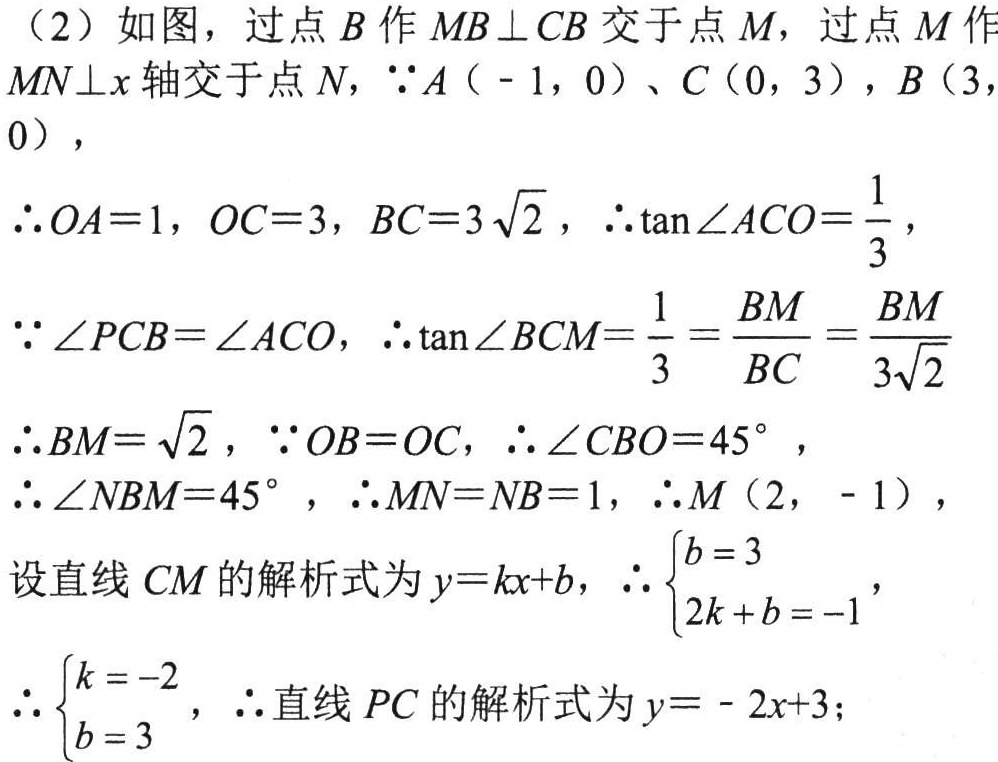
（2）如图，过点\(B\)作\(MB\perp CB\)交于点\(M\)，过点\(M\)作\(MN\perp x\)轴交于点\(N\)，\(\because A(-1,0)\)、\(C(0,3)\)，\(B(3,0)\)，
\(\therefore OA = 1\)，\(OC = 3\)，\(BC = 3\sqrt{2}\)，\(\therefore \tan\angle ACO=\frac{1}{3}\)，
\(\because \angle PCB=\angle ACO\)，\(\therefore \tan\angle BCM=\frac{1}{3}=\frac{BM}{BC}=\frac{BM}{3\sqrt{2}}\)
\(\therefore BM=\sqrt{2}\)，\(\because OB = OC\)，\(\therefore \angle CBO = 45^{\circ}\)，
\(\therefore \angle NBM = 45^{\circ}\)，\(\therefore MN = NB = 1\)，\(\therefore M(2,-1)\)，
设直线\(CM\)的解析式为\(y = kx + b\)，\(\therefore \begin{cases}b = 3\\2k + b = -1\end{cases}\)，
\(\therefore \begin{cases}k = -2\\b = 3\end{cases}\)，\(\therefore\)直线\(PC\)的解析式为\(y=-2x + 3\)；